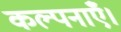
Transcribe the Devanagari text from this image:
कल्पनाएँ।